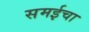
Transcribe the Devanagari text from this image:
समईचा